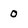
Character: 0